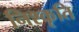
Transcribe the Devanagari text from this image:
निश्कृति